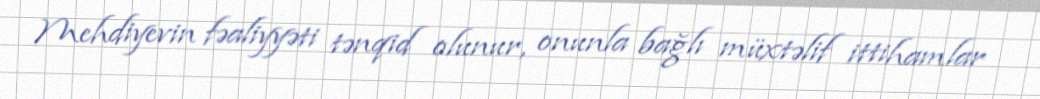
Mehdiyevin fəaliyyəti tənqid olunur, onunla bağlı müxtəlif ittihamlar